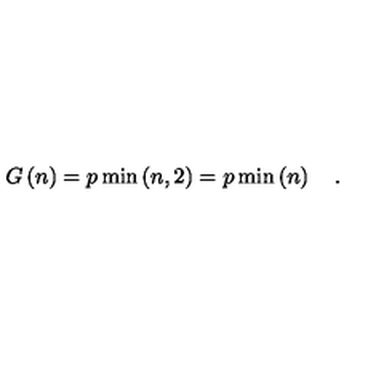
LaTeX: G \left( n \right) = p \min \left( n , 2 \right) = p \min \left( n \right) \quad .